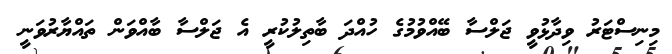
މިނިސްޓަރު ވިދާޅުވީ ޖަލްސާ ބޭއްވުމުގެ ހުއްދަ ބާތިލުކުރީ އެ ޖަލްސާ ބާއްވަން ތައްޔާރުވަނީ